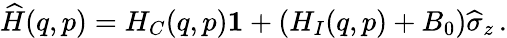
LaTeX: \widehat{H}(q,p)=H_{C}(q,p)\boldsymbol{1}+(H_{I}(q,p)+B_{0})\widehat{\sigma}_{z}\, .